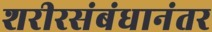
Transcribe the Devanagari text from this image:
शरीरसंबंधानंतर